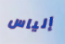
إلياس